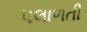
પલાળતી